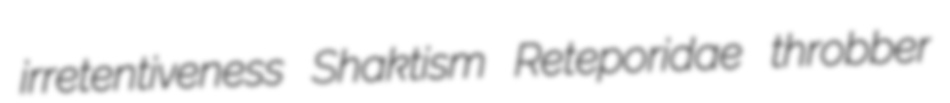
irretentiveness Shaktism Reteporidae throbber